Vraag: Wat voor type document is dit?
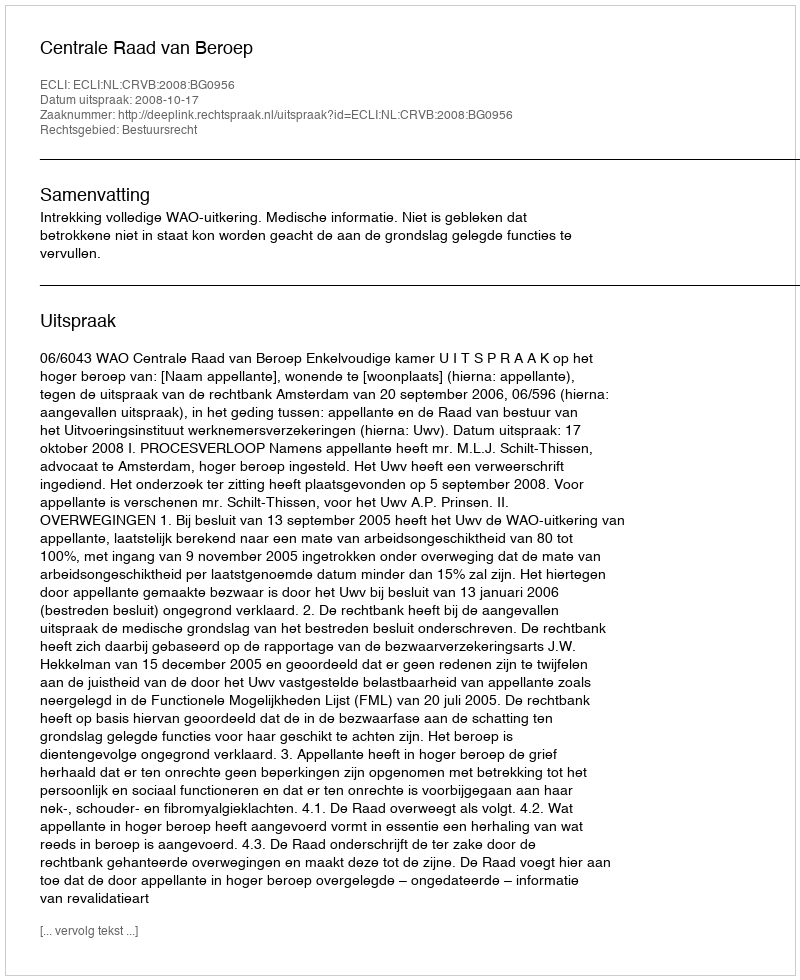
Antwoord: Uitspraak